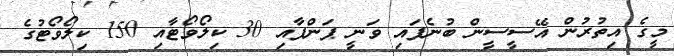
މީގެ އިތުރުން އޭސީސީން ބުނެފައި ވަނީ ޕަންޕާއި 30 ކިލޯވޯޓާއި 150 ކިލޯވޯޓުގެ